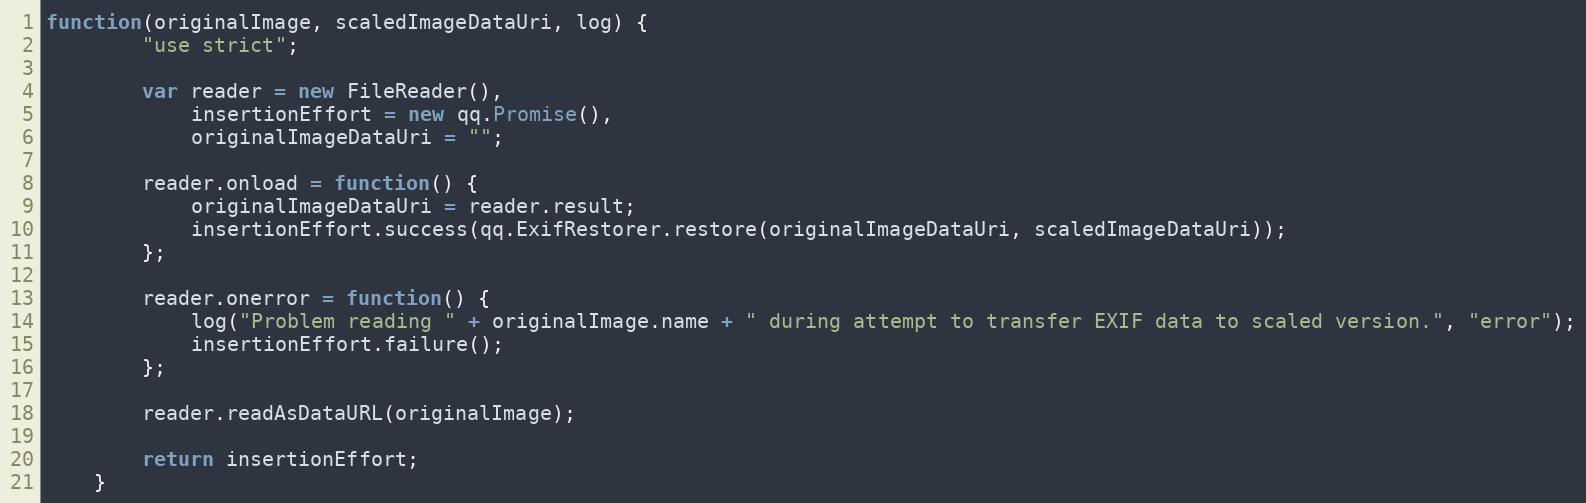
Language: JavaScript
function(originalImage, scaledImageDataUri, log) {
        "use strict";

        var reader = new FileReader(),
            insertionEffort = new qq.Promise(),
            originalImageDataUri = "";

        reader.onload = function() {
            originalImageDataUri = reader.result;
            insertionEffort.success(qq.ExifRestorer.restore(originalImageDataUri, scaledImageDataUri));
        };

        reader.onerror = function() {
            log("Problem reading " + originalImage.name + " during attempt to transfer EXIF data to scaled version.", "error");
            insertionEffort.failure();
        };

        reader.readAsDataURL(originalImage);

        return insertionEffort;
    }